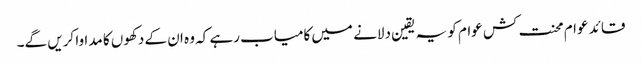
قائد عوام محنت کش عوام کو یہ یقین دلانے میں کامیاب رہے کہ وہ ان کے دکھوں کا مداوا کریں گے۔